Indian journal of veterinary science and animal husbandry - Volumes 15-17, 1948-1951
Year: 1948
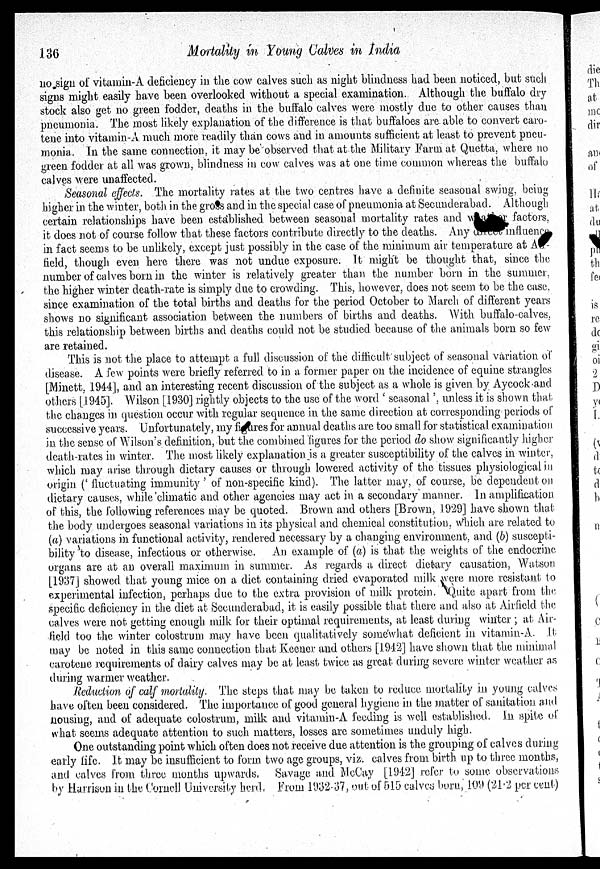
136
Mortality in Young Calves in India
no sign of vitamin-A deficiency in the cow calves such as night blindness had been noticed, but such
signs might easily have been overlooked without a special examination. Although the buffalo dry
stock also get no green fodder, deaths in the buffalo calves were mostly due to other causes than
pneumonia. The most likely explanation of the difference is that buffaloes are. able to convert caro-
tene into vitamin-A much more readily than cows and in amounts sufficient at least to prevent pneu-
monia. In the same connection, it may be observed that at the Military Farm at Quetta, where no
green fodder at all was grown, blindness in cow calves was at one time common whereas the buffalo
calves were unaffected.
Seasonal effects. The mortality rates at the two centres have a definite seasonal swing, being
higher in the winter, both in the gross and in the special case of pneumonia at Secunderabad. Although
certain relationships have been established between seasonal mortality rates and weather factors,
it does not of course follow that these factors contribute directly to the deaths. Any direct influence
in fact seems to be unlikely, except just possibly in the case of the minimum air temperature at Air-
field, though even here there was not undue exposure. It might be thought that, since the
number of calves born in the winter is relatively greater than the number born in the summer,
the higher winter death-rate is simply due to crowding. This, however, does not seem to be the case.
since examination of the total births and deaths for the period October to March of different years
shows no significant association between the numbers of births and deaths. With buffalo-calves,
this relationship between births and deaths could not be studied because of the animals born so few
are retained.
This is not the place to attempt a full discussion of the difficult subject of seasonal variation of
disease. A few points were briefly referred to in a former paper on the incidence of equine strangles
[Minett, 1944], and an interesting recent discussion of the subject as a whole is given by Aycock and
others [1945]. Wilson [1930] rightly objects to the use of the word ' seasonal'. unless it is shown that
the changes in question occur with regular sequence in the same direction at corresponding periods of
successive years. Unfortunately, my figures for annual deaths are too small for statistical examination
in the sense of Wilson's definition, but the combined figures for the period do show significantly higher
death-rates in winter. The most likely explanation is a greater susceptibility of the calves in winter,
which may arise through dietary causes or through lowered activity of the tissues physiological in
origin (' fluctuating immunity ' of non-specific kind). The latter may, of course, be dependent on
dietary causes, while'climatic and other agencies may act in a secondary manner. In amplification
of this, the following references may be quoted. Brown and others [Brown, 1929] have shown that
the body undergoes seasonal variations in its physical and chemical constitution, which are related to
(a) variations in functional activity, rendered necessary by a changing environment, and (b) suscepti-
bility to disease, infectious or otherwise. An example of (a) is that the weights of the endocrine
organs are at an overall maximum in summer. As regards a direct dietary causation, Watson
[1937] showed that young mice on a diet containing dried evaporated milk were more resistant to
experimental infection, perhaps due to the extra provision of milk protein. Quite apart from the
specific deficiency in the diet at Secunderabad, it is easily possible that there and also at Airfield the
calves were not getting enough milk for their optimal requirements, at least during winter ; at Air-
field too the winter colostrum may have been qualitatively somewhat deficient in vitamin-A. .It
may be noted in this same connection that Keener and others [1942] have shown that the minimal
carotene requirements of dairy calves may be at least twice as great during severe winter weather as
during warmer weather.
Reduction of calf mortality. The steps that may be taken to reduce mortality in young calves
have often been considered. The importance of good general hygiene in the matter of sanitation and
nousing, and of adequate colostrum, milk and vitamin-A feeding is well established. In spite of
what seems adequate attention to such matters, losses are sometimes unduly high.
One outstanding point which often does not receive due attention is the grouping of calves during
early life. It may be insufficient to form two age groups, viz. calves from birth up to three months,
and calves from three months upwards. Savage and McCay [1942] refer to some observations
by Harrison in the Cornell University herd. From 1932.37, out of 515 calves born, 109 (21.2 per cent)